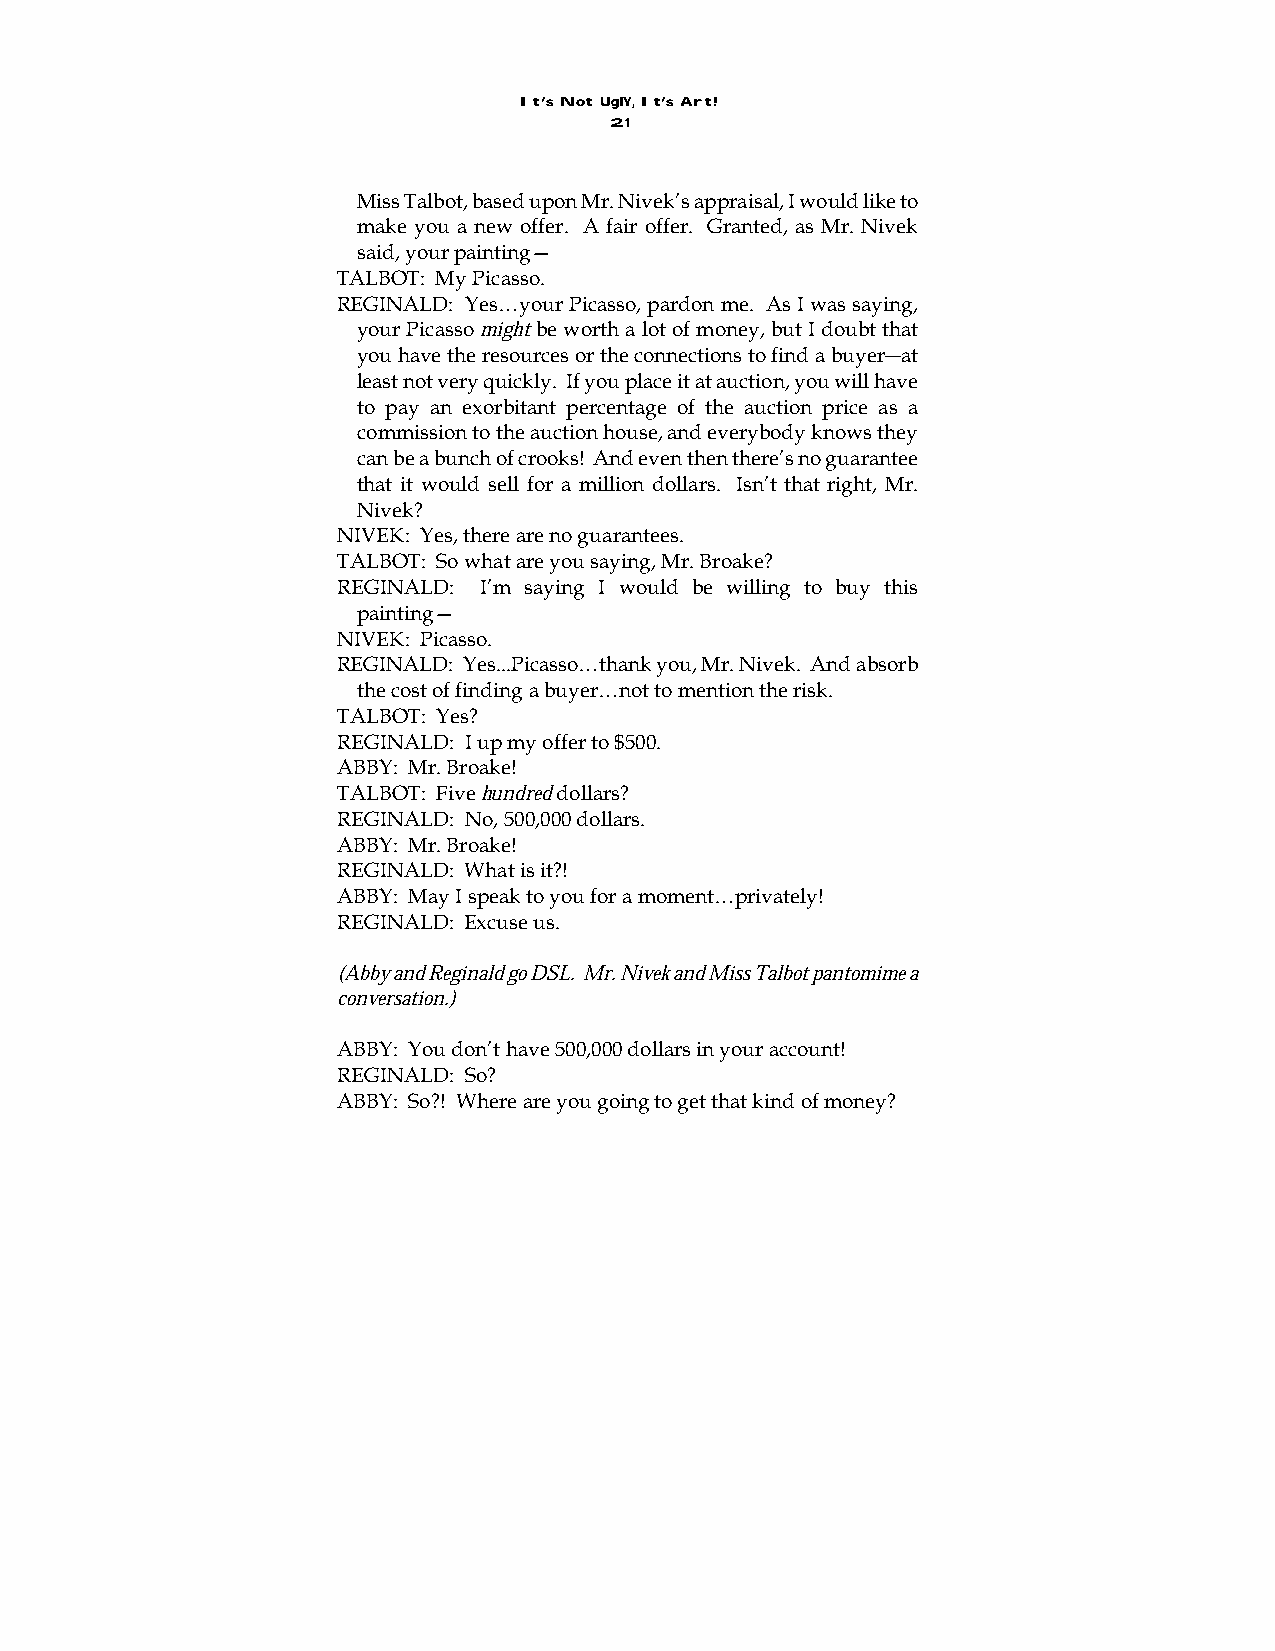
It’s Not UglY, It’s Art!
 21
 Miss Talbot, based upon Mr. Nivek’s appraisal, I would like to
 make you a new offer. A fair offer. Granted, as Mr. Nivek
 said, your painting—
 TALBOT: My Picasso.
 REGINALD: Yes…your Picasso, pardon me. As I was saying,
 your Picasso might be worth a lot of money, but I doubt that
 you have the resources or the connections to find a buyer―at
 least not very quickly. If you place it at auction, you will have
 to pay an exorbitant percentage of the auction price as a
 commission to the auction house, and everybody knows they
 can be a bunch of crooks! And even then there’s no guarantee
 that it would sell for a million dollars. Isn’t that right, Mr.
 Nivek?
 NIVEK: Yes, there are no guarantees.
 TALBOT: So what are you saying, Mr. Broake?
 REGINALD: I’m saying I would be willing to buy this
 painting—
 NIVEK: Picasso.
 REGINALD: Yes...Picasso…thank you, Mr. Nivek. And absorb
 the cost of finding a buyer…not to mention the risk.
 TALBOT: Yes?
 REGINALD: I up my offer to $500.
 ABBY: Mr. Broake!
 TALBOT: Five hundred dollars?
 REGINALD: No, 500,000 dollars.
 ABBY: Mr. Broake!
 REGINALD: What is it?!
 ABBY: May I speak to you for a moment…privately!
 REGINALD: Excuse us.
 (Abby and Reginald go DSL. Mr. Nivek and Miss Talbot pantomime a
 conversation.)
 ABBY: You don’t have 500,000 dollars in your account!
 REGINALD: So?
 ABBY: So?! Where are you going to get that kind of money?